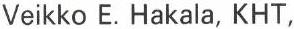
Veikko E. Hakala, KHT,